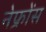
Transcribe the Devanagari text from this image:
नेफ्रोंस